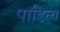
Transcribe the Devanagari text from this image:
पाडित्य